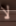
لا